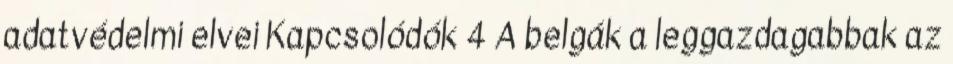
adatvédelmi elvei Kapcsolódók 4 A belgák a leggazdagabbak az